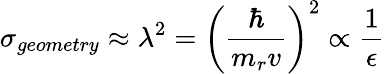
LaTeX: \sigma_{geometry}\approx\lambda^{2}={\bigg(}{\frac{\hbar}{m_{r}v}}{\bigg)}^{2}\propto{\frac{1}{\epsilon}}